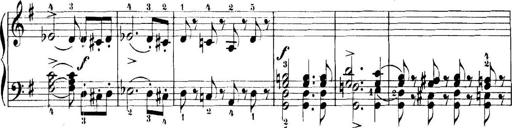
Title: 11 Sonatinas
Composer: Anton Diabelli